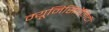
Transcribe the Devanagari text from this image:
म्यूनिसिपॅलिटी